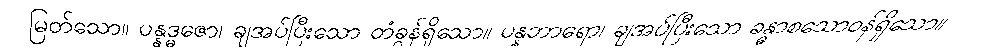
မြတ်သော။ ပန္နဒ္ဓဇော၊ ချအပ်ပြီးသော တံခွန်ရှိသော။ ပန္နဘာရော၊ ချအပ်ပြီးသော ခန္ဓာစသောဝန်ရှိသော။